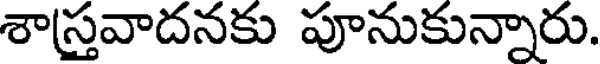
శాస్త్రవాదనకు పూనుకున్నారు.